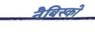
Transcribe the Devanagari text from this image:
नैबिस्को